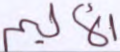
الأليم